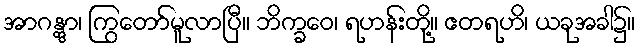
အာဂန္တွာ၊ ကြွတော်မူလာပြီ။ ဘိက္ခဝေ၊ ရဟန်းတို့။ ဧတရဟိ၊ ယခုအခါ၌။